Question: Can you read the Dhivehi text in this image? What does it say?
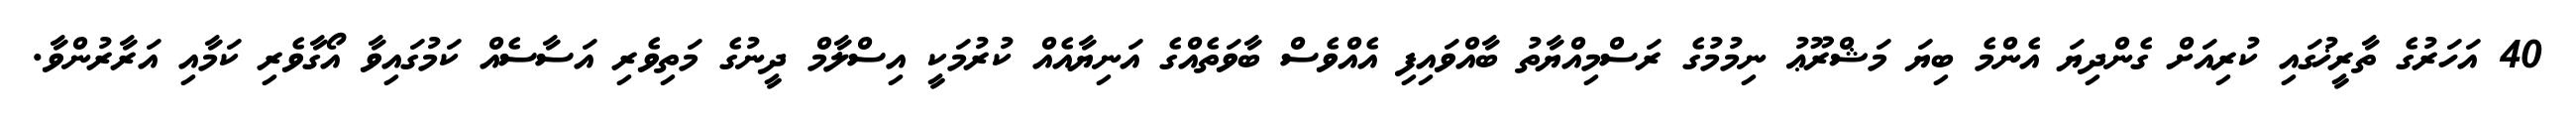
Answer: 40 އަހަރުގެ ތާރީޚުގައި ކުރިއަށް ގެންދިޔަ އެންމެ ބިޔަ މަޝްރޫޢު ނިމުމުގެ ރަސްމިއްޔާތު ބާއްވައިފި އެއްވެސް ބާވަތެއްގެ އަނިޔާއެއް ކުރުމަކީ އިސްލާމް ދީނުގެ މަތިވެރި އަސާސެއް ކަމުގައިވާ އޯގާވެރި ކަމާއި އަރާރުންވާ.